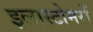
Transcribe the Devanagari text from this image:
इलास्टोमरों